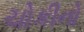
ચોકીનો